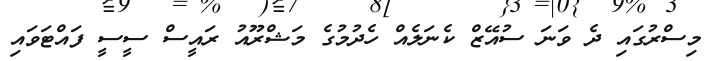
މިސްރުގައި ދެ ވަނަ ސުއޭޒް ކެނަލެއް ހެދުމުގެ މަޝްރޫއު ރައީސް ސީސީ ފައްޓަވައި